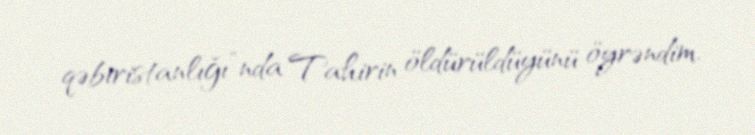
qəbiristanlığı”nda Tahirin öldürüldüyünü öyrəndim.